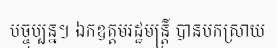
បច្ចុប្បន្ន។ ឯកឧត្តមរដ្ឋមន្ត្រី បានបកស្រាយ